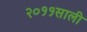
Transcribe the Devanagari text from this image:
२०११साली